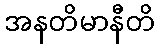
အနတိမာနီတိ